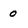
Character: 0